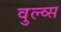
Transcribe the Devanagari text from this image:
वुल्व्स